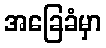
အခြေခံမှာ